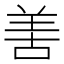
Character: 𠵊